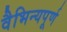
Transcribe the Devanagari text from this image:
वैभिन्यपूर्ण